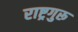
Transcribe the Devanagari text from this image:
राष्ट्रगुरू